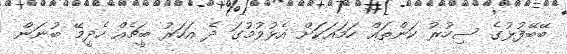
ބޭބޭފުޅުގެ ސިހުރު ކަންތައް ހަމައަކަށް އެޅުވުމުގަ ދެ އަހަރު ބީޗެއް ހެދީމޭ ބުނަން